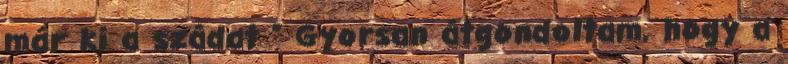
már ki a szádat ” Gyorsan átgondoltam, hogy a